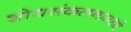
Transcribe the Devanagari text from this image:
शोधसंकलनामध्ये